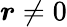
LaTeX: \boldsymbol r\ne 0